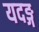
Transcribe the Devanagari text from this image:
यदङ्ग